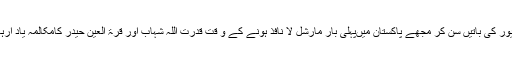
ڈرائیور کی باتیں سن کر مجھے پاکستان میںپہلی بار مارشل لا نافذ ہونے کے و قت قدرت اللہ شہاب اور قرۃ العین حیدر کامکالمہ یاد آرہا تھا۔